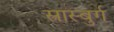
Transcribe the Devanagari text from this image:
स्त्रास्बुर्ग